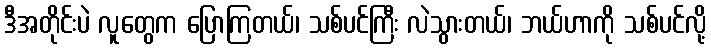
ဒီအတိုင်းပဲ လူတွေက ပြောကြတယ်၊ သစ်ပင်ကြီး လဲသွားတယ်၊ ဘယ်ဟာကို သစ်ပင်လို့